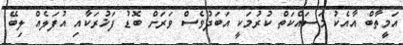
އަމީތާބް އާއެކު މަސައްކަތް ކުރުމަކީ އަބަދުވެސް ވަރަށް ބޮޑު ފަޚުރަކާއި އުފަލެއް ލިބޭ